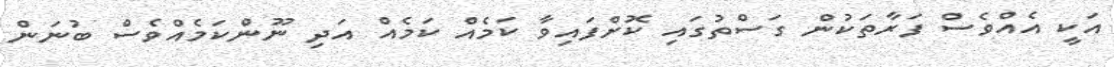
އަކީ އެއްވެސް ފަރާތަކުން ގަސްތުގައި ކޮށްފައިވާ ކަމެއް ކަމެއް އަދި ނޫންކަމެއްވެސް ބުނަން